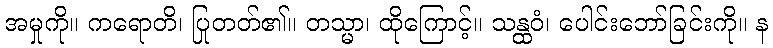
အမှုကို။ ကရောတိ၊ ပြုတတ်၏။ တသ္မာ၊ ထိုကြောင့်။ သန္ထဝံ၊ ပေါင်းဘော်ခြင်းကို။ န